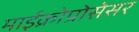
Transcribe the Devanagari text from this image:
माईक्रोप्रोसेसर